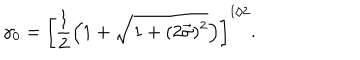
LaTeX: \gamma _ { 0 } = \left[ \frac { 1 } { 2 } \left( 1 + \sqrt { 1 + ( 2 \vec { \sigma } ) ^ { 2 } } \right) \right] ^ { 1 / 2 } .